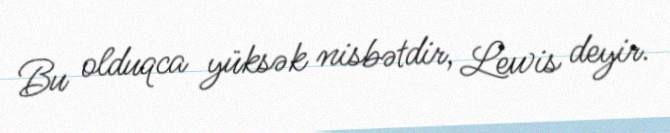
Bu olduqca yüksək nisbətdir, Lewis deyir.